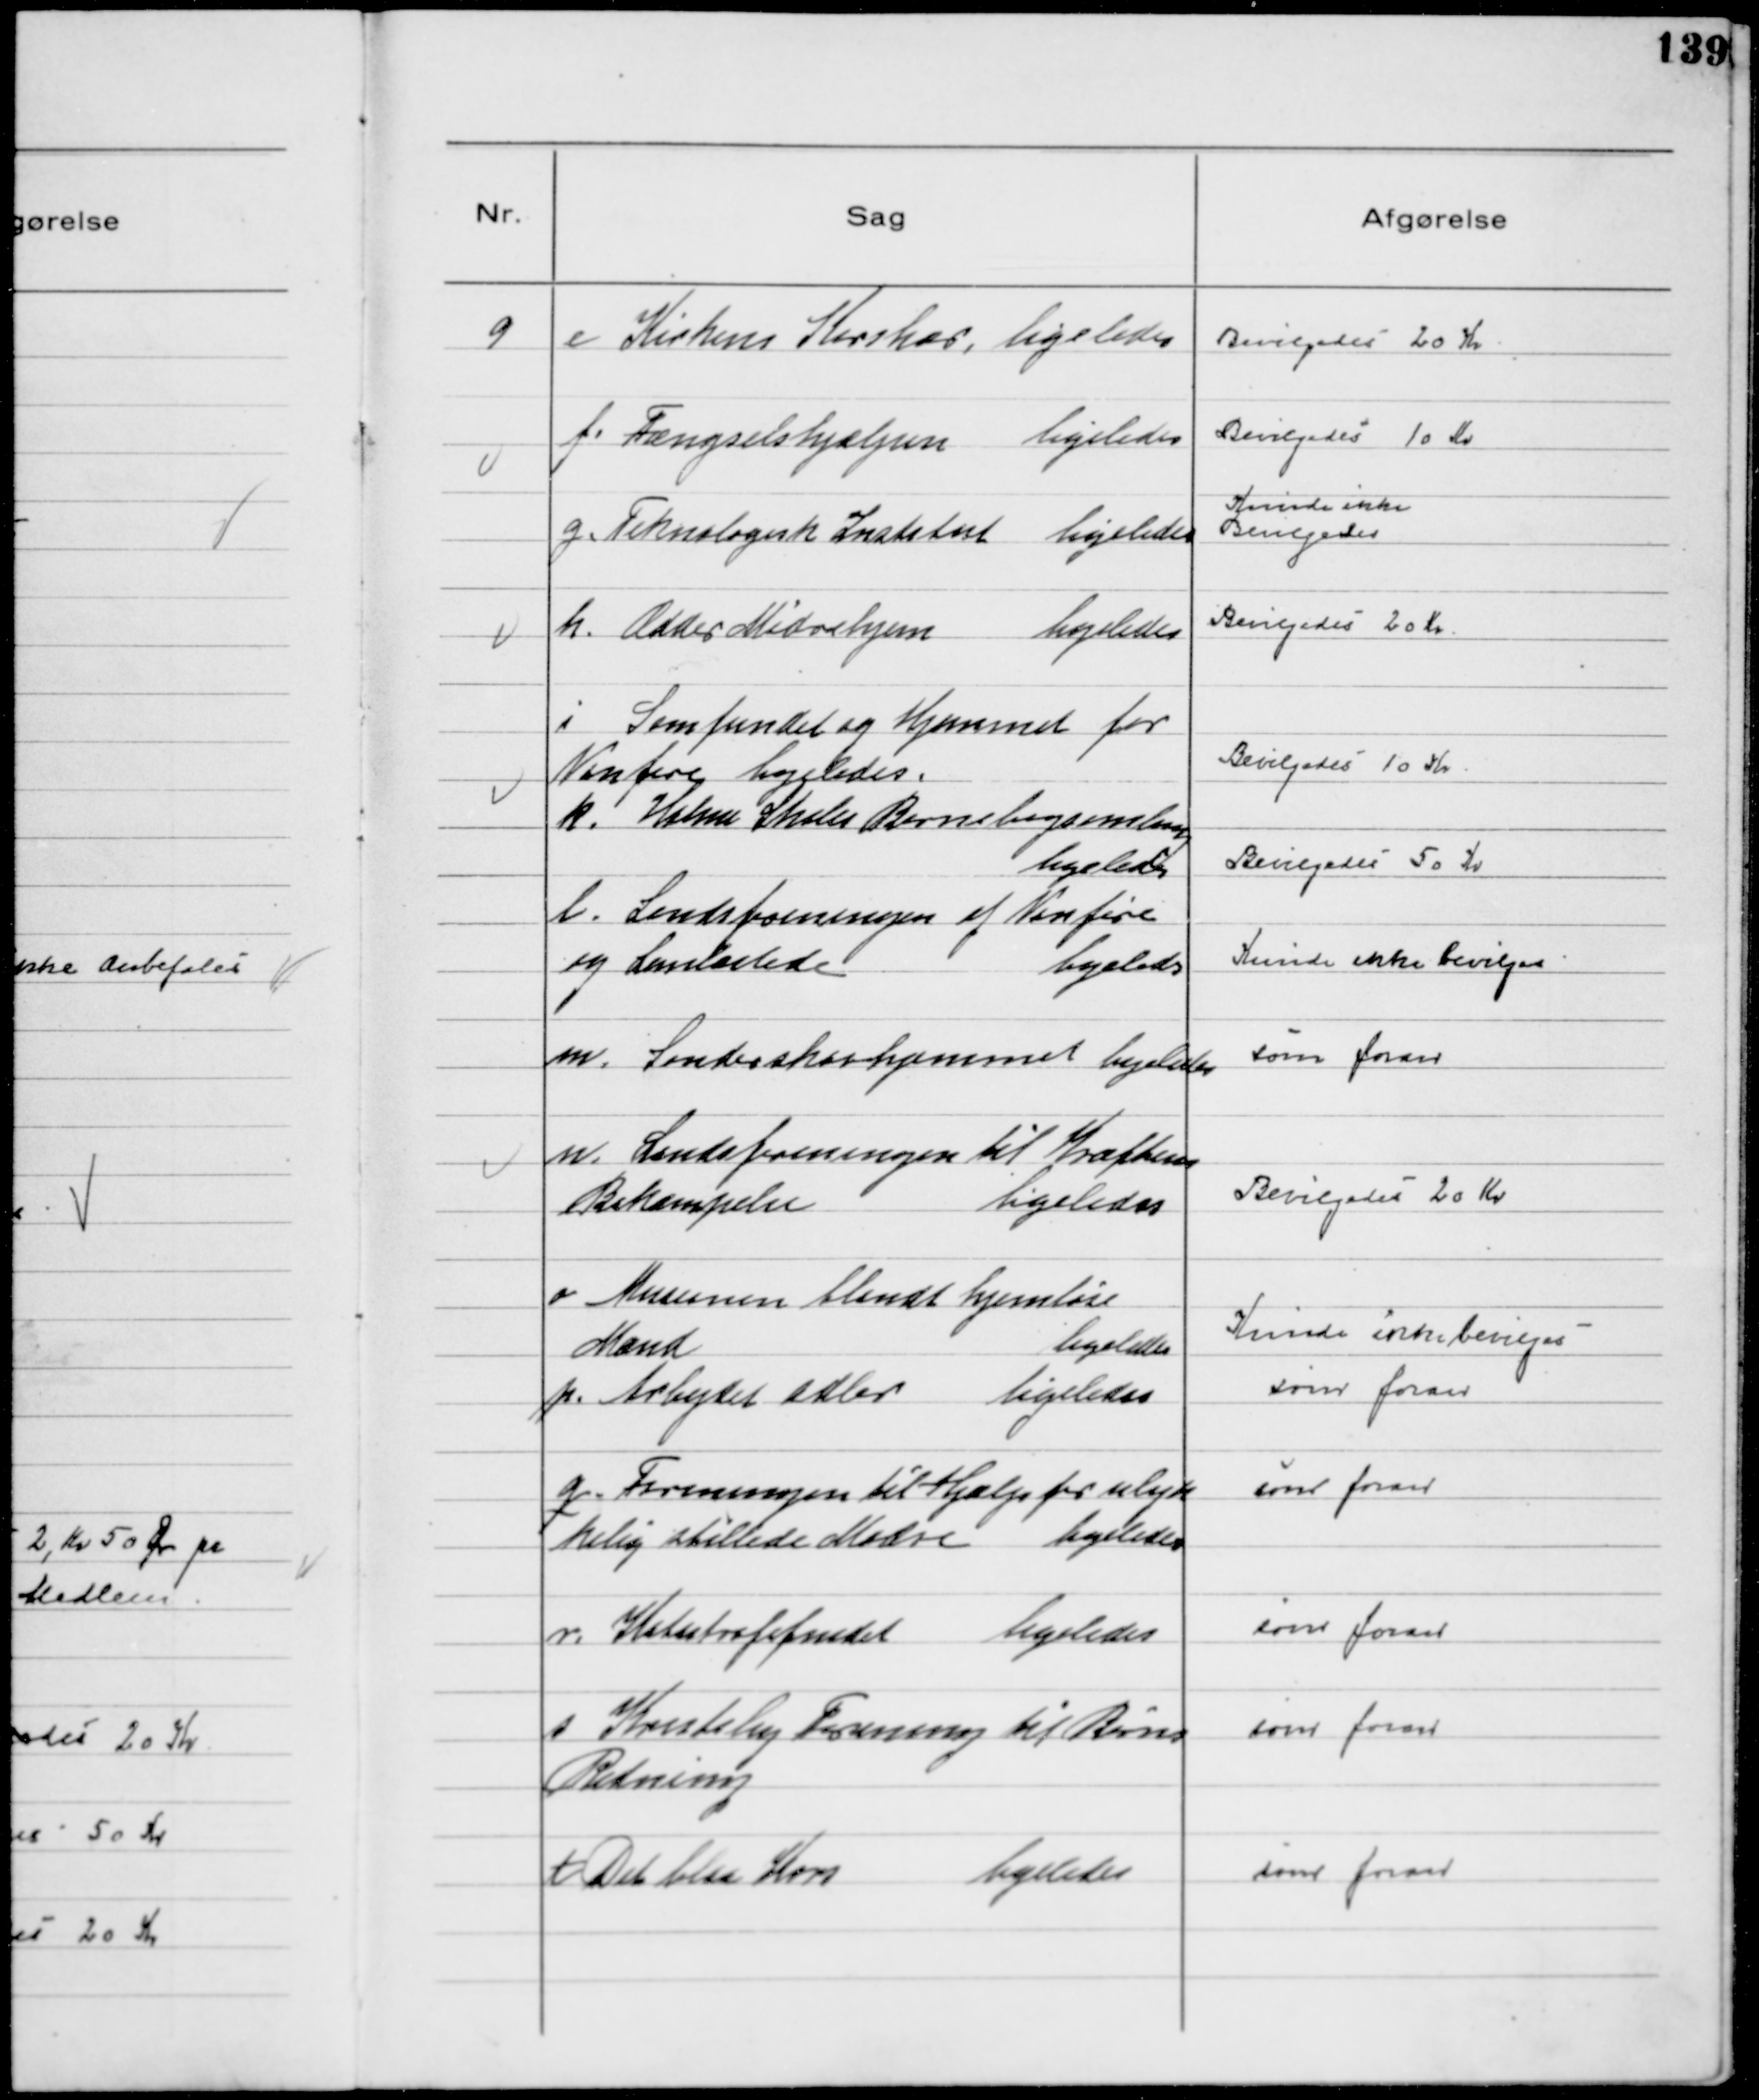
Transskription:
9
e Kirkens Korshær, ligeledes

Bevilgedes 20 Kr

f. Fængselshjælpen 
ligeledes

Bevilgedes 10 Kr

g.Teknologisk Institut ligeledes

Kunde ikke
Bevilgedes

h. Odder Mødrehjem 
ligeledes

Bevilgedes 20 Kr

i Samfundet og Hjemmet for
Vanføre ligeledes.

Bevilgedes 10 Kr

k. Holme Skoles Børnebogsamling
ligeledes

Bevilgedes 50 Kr

l. Landsforeningen af Vanføre
og Lemlæstede
ligeledes

Kunde ikke Bevilges

m. Sønderskovhjemmet ligeledes

som foran

n. Landsforeningen til Kræftens
Bekæmpelse 
ligeledes

Bevilgedes 20 Kr

o. Missionen blandt hjemløse
Mænd 
ligeledes

Kunde ikke bevilges

p. Arbejdet adler 
ligeledes

som foran

q. Foreningen til Hjælp for ulyk
kelig stillede Mødre 
ligeledes

som foran

r. Katastrofefondet
ligeledes

som foran

s Kristelig Forening til Børns
Redning

som foran

t Det blaa Kors
ligeledes

som foran